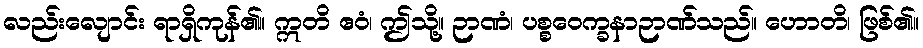
လည်းလျောင်း ရာရှိကုန်၏။ ဣတိ ဧဝံ၊ ဤသို့။ ဉာဏံ၊ ပစ္စဝေက္ခနာဉာဏ်သည်။ ဟောတိ၊ ဖြစ်၏။